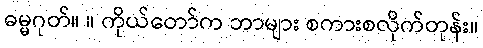
ဓမ္မဂုတ်။ ။ ကိုယ်တော်က ဘာများ စကားစလိုက်တုန်း။